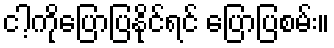
ငါ့ကိုပြောပြနိုင်ရင် ပြောပြစမ်း။